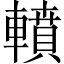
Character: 轒